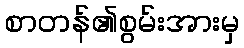
စာတန်၏စွမ်းအားမှ